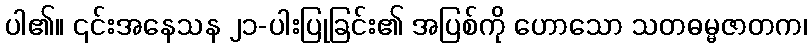
ပါ၏။ ၎င်းအနေသန ၂၁-ပါးပြုခြင်း၏ အပြစ်ကို ဟောသော သတဓမ္မဇာတက၊